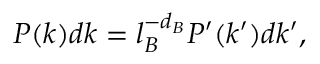
P ( k ) d k = l _ { B } ^ { - d _ { B } } P ^ { \prime } ( k ^ { \prime } ) d k ^ { \prime } ,